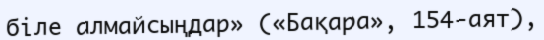
біле алмайсыңдар» («Бақара», 154-аят),